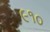
૯૧૦